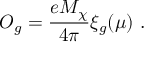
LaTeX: { \cal O } _ { g } = { \frac { e M _ { \chi } } { 4 \pi } } \xi _ { g } ( \mu ) \ .